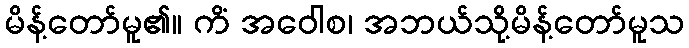
မိန့်တော်မူ၏။ ကိံ အဝေါစ၊ အဘယ်သို့မိန့်တော်မူသ